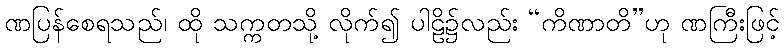
ဏပြန်စေရသည်၊ ထို သက္ကတသို့ လိုက်၍ ပါဠိ၌လည်း “ကိဏာတိ”ဟု ဏကြီးဖြင့်